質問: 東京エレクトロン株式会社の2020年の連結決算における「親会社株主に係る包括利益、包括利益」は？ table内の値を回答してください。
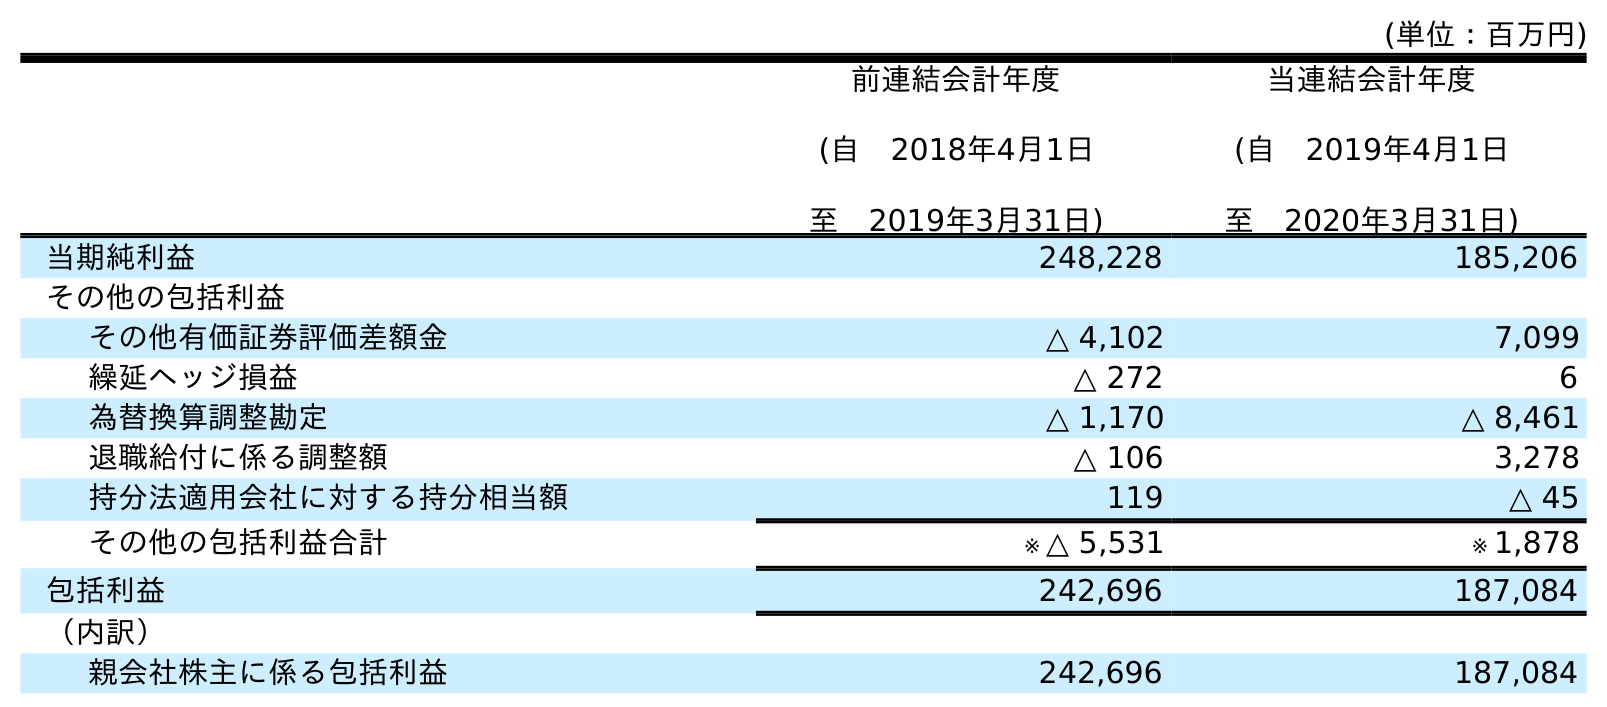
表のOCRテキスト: (単位：百万円) 前連結会計年度 (自 2018年4月1日 至 2019年3月31日) 当連結会計年度 (自 2019年4月1日 至 2020年3月31日) 当期純利益 248,228 185,206 その他の包括利益 その他有価証券評価差額金 △ 4,102 7,099 繰延ヘッジ損益 △ 272 6 為替換算調整勘定 △ 1,170 △ 8,461 退職給付に係る調整額 △ 106 3,278 持分法適用会社に対する持分相当額 119 △ 45 その他の包括利益合計 ※ △ 5,531 ※ 1,878 包括利益 242,696 187,084 （内訳） 親会社株主に係る包括利益 242,696 187,084
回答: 187,084